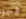
فجر